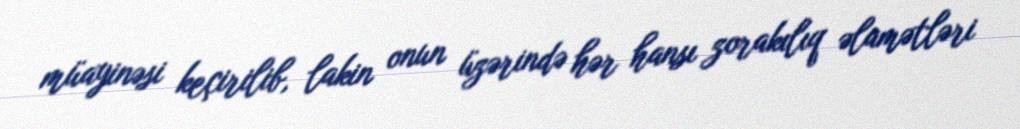
müayinəsi keçirilib, lakin onun üzərində hər hansı zorakılıq əlamətləri